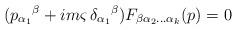
LaTeX: \begin{align*}(p_{\alpha_1}{}^{\beta}+im\varsigma\,\delta_{\alpha_1}{}^{\beta}) F_{\beta\alpha_2\ldots\alpha_k}(p)=0\end{align*}